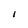
Character: I